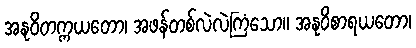
အနုဝိတက္ကယတော၊ အဖန်တစ်လဲလဲကြံသော။ အနုဝိစာရယတော၊